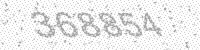
Solution: 368854